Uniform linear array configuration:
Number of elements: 8
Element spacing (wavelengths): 0.75
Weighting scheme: uniform
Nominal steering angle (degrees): -15
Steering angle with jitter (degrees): -13.699
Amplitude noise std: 0.05
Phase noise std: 0.05

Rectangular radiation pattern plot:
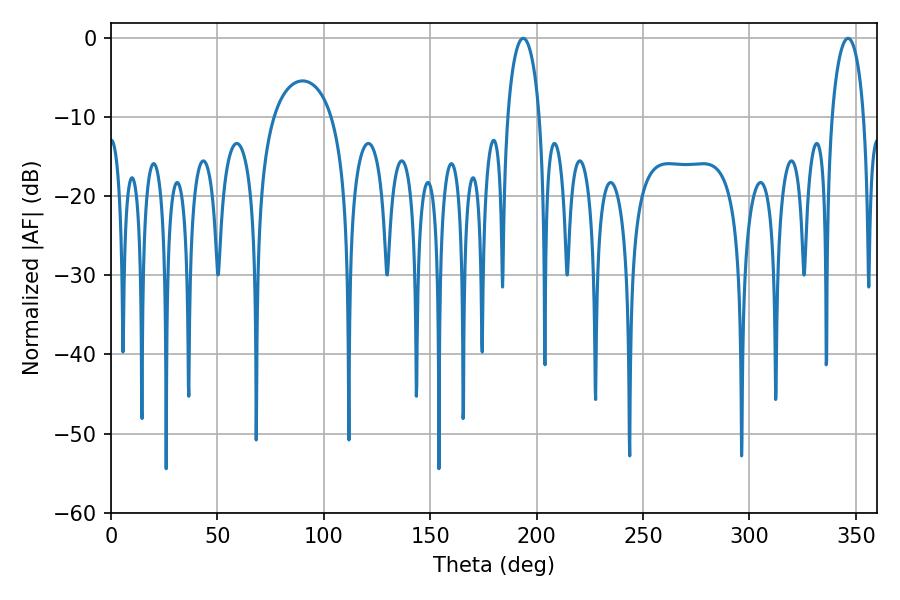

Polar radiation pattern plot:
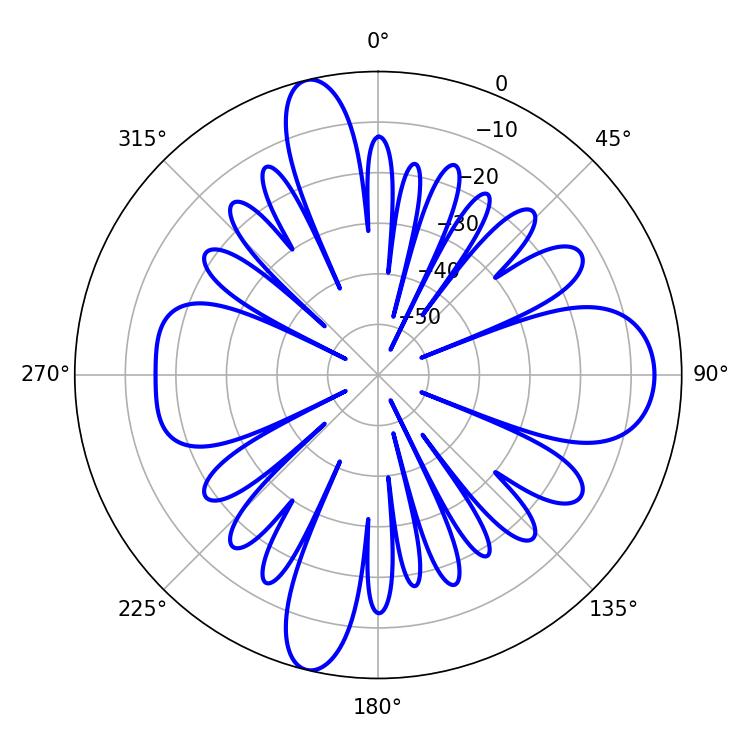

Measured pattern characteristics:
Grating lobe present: TRUE
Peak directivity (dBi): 18.202
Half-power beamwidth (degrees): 8.64
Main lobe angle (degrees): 193.68